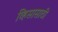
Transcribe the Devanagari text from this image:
व्हिसासाठी